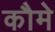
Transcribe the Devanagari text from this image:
कौमे